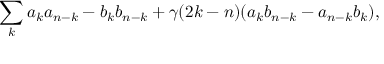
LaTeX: \sum _ { k } a _ { k } a _ { n - k } - b _ { k } b _ { n - k } + \gamma ( 2 k - n ) ( a _ { k } b _ { n - k } - a _ { n - k } b _ { k } ) ,